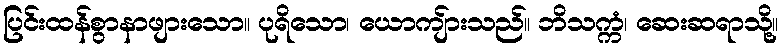
ပြင်းထန်စွာနာဖျားသော။ ပုရိသော၊ ယောကျ်ားသည်။ ဘိသက္ကံ၊ ဆေးဆရာသို့။